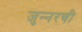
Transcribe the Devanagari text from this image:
जुन्‍नरची